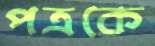
পত্রকে